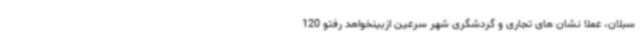
سبلان، عملاً نشان های تجاری و گردشگری شهر سرعین ازبینخواهد رفتو 120